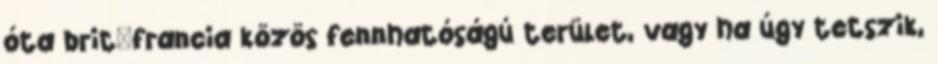
óta brit–francia közös fennhatóságú terület, vagy ha úgy tetszik,